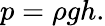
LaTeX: p=\rho gh.